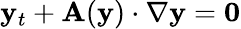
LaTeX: \mathbf{y}_{t}+\mathbf{A}(\mathbf{y})\cdot\nabla\mathbf{y}=\mathbf{0}